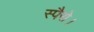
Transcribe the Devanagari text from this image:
स्पैरो।